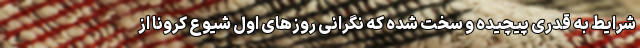
شرایط به قدری پیچیده و سخت شده که نگرانی روزهای اول شیوع کرونا از